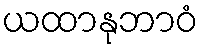
ယထာနုဘာဝံ